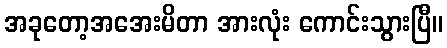
အခုတော့အအေးမိတာ အားလုံး ကောင်းသွားပြီ။